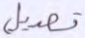
تعديل